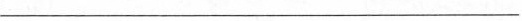
______